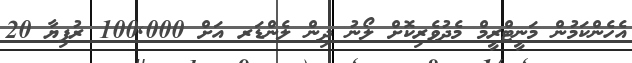
އެހެންކަމުން މަނީޓްރީމް މެދުވެރިކޮށް ލޯނު ދިން ލެންޑަރ އަށް 100